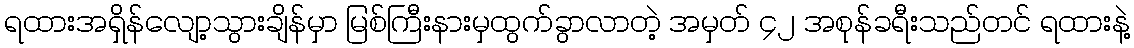
ရထားအရှိန်လျော့သွားချိန်မှာ မြစ်ကြီးနားမှထွက်ခွာလာတဲ့ အမှတ် ၄၂ အစုန်ခရီးသည်တင် ရထားနဲ့